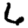
Digit: 6